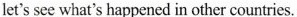
let's see what's happened in other countries.